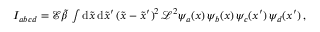
\begin{array} { r } { I _ { a b c d } = \mathcal { E } \tilde { \beta } \, \int \mathrm { d } \tilde { x } \, \mathrm { d } \tilde { x } ^ { \prime } \, ( \tilde { x } - \tilde { x } ^ { \prime } ) ^ { 2 } \, \mathcal { L } ^ { 2 } \psi _ { a } ( x ) \, \psi _ { b } ( x ) \, \psi _ { c } ( x ^ { \prime } ) \, \psi _ { d } ( x ^ { \prime } ) \, , } \end{array}